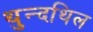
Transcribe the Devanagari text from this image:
थुन्दथिल